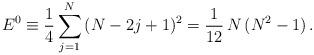
LaTeX: \begin{align*} E^0 \equiv \frac{1}{4} \sum_{j=1}^N \, (N-2j+1)^2 = \frac{1}{12} \, N \, (N^2-1) \, .\end{align*}